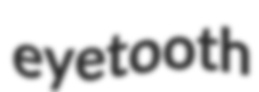
eyetooth